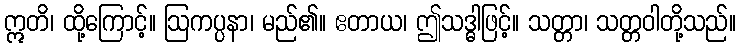
ဣတိ၊ ထို့ကြောင့်။ ဩကပ္ပနာ၊ မည်၏။ ဧတာယ၊ ဤသဒ္ဓါဖြင့်။ သတ္တာ၊ သတ္တဝါတို့သည်။